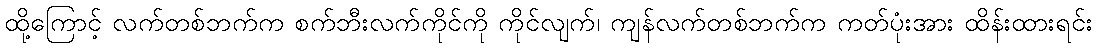
ထို့ကြောင့် လက်တစ်ဘက်က စက်ဘီးလက်ကိုင်ကို ကိုင်လျက်၊ ကျန်လက်တစ်ဘက်က ကတ်ပုံးအား ထိန်းထားရင်း